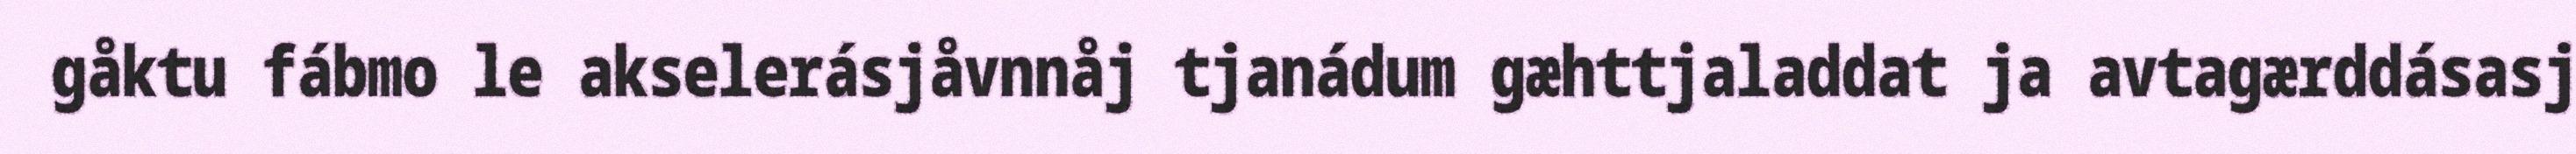
gåktu fábmo le akselerásjåvnnåj tjanádum gæhttjaladdat ja avtagærddásasj